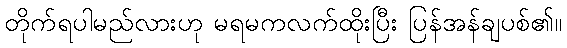
တိုက်ရပါမည်လားဟု မရမကလက်ထိုးပြီး ပြန်အန်ချပစ်၏။